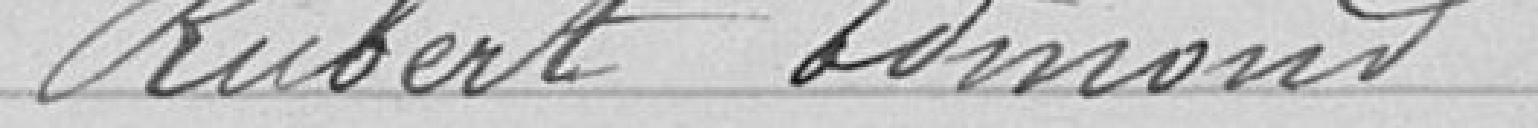
Rubert Edmond